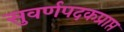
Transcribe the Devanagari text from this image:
सुवर्णपदकप्राप्त